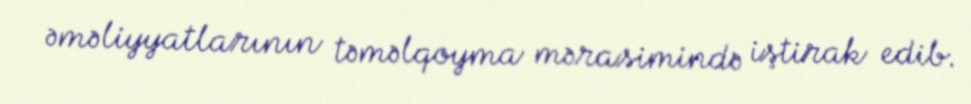
əməliyyatlarının təməlqoyma mərasimində iştirak edib.